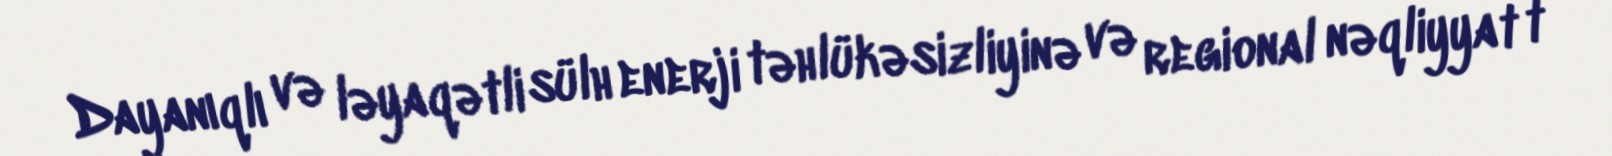
Dayanıqlı və ləyaqətli sülh enerji təhlükəsizliyinə və regional nəqliyyat t